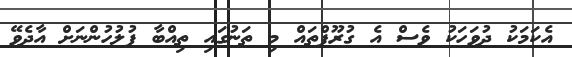
އެކަމަކު ދުވަހަކު ވެސް އެ ގުރޫޕްތައް މި ތަނުގައި ތިއްބާ ފުލުހުންނަށް އާދެވޭ